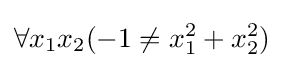
\forall x_{1}x_{2}(-1\neq x_{1}^{2}+x_{2}^{2})